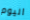
اليوم